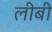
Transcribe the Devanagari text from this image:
लीबी